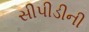
સીપીડીની